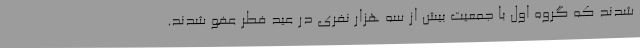
شدند که گروه اول با جمعیت بیش از سه هزار نفری در عید فطر عفو شدند.